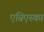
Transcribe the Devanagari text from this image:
एग्निएस्का